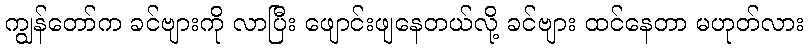
ကျွန်တော်က ခင်ဗျားကို လာပြီး ဖျောင်းဖျနေတယ်လို့ ခင်ဗျား ထင်နေတာ မဟုတ်လား